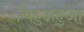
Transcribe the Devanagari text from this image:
चिहुअहुआ